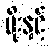
မိုးနှင့်